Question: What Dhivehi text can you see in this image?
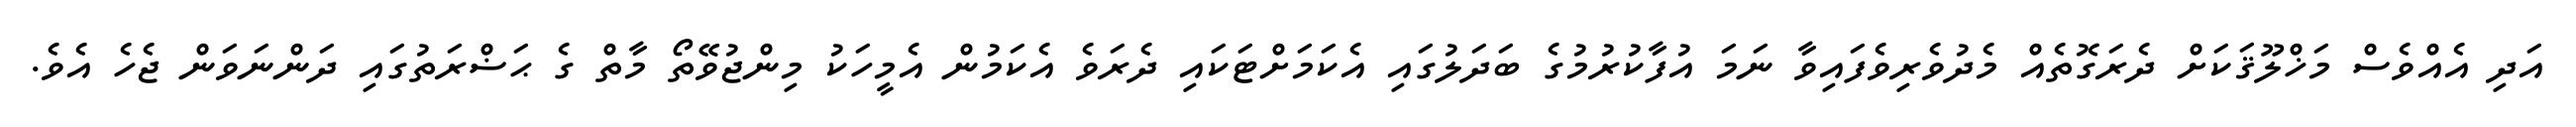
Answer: އަދި އެއްވެސް މަޚްލޫޤަކަށް ދެރަގޮތެއް މެދުވެރިވެފައިވާ ނަމަ އުފާކުރުމުގެ ބަދަލުގައި އެކަމަށްޓަކައި ދެރަވެ އެކަމުން އެމީހަކު މިންޖުވޭތޯ މާތް ގެ ޙަޟްރަތުގައި ދަންނަވަން ޖެހެ އެވެ.